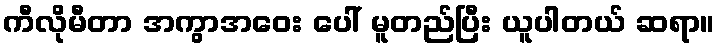
ကီလိုမီတာ အကွာအဝေး ပေါ် မူတည်ပြီး ယူပါတယ် ဆရာ။